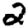
Digit: 2